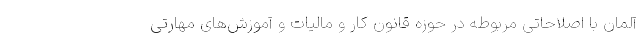
آلمان با اصلاحاتی مربوطه در حوزه قانون کار و مالیات و آموزش‌های مهارتی